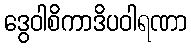
ဒွေဝါစိကာဒိပဝါရဏာ